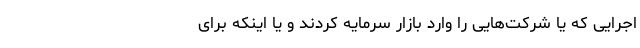
اجرایی که یا شرکت‌هایی را وارد بازار سرمایه کردند و یا اینکه برای